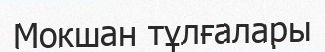
Мокшан тұлғалары